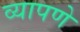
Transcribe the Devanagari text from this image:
व्यापणे